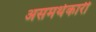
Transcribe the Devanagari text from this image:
असमर्थकारी